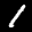
Label: 1